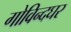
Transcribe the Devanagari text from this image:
गोविन्दघर